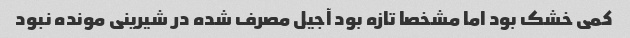
کمی خشک بود اما مشخصا تازه بود آجیل مصرف شده در شیرینی مونده نبود